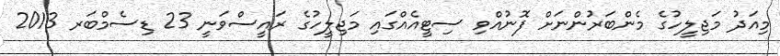
މިއަދު މަޖިލީހުގެ މެންބަރުންނަށް ފޮނުއްވި ސިޓީއެއްގައި މަޖިލީހުގެ ރައީސްވަނީ 23 ޑިސެމްބަރ 2013